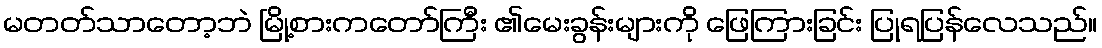
မတတ်သာတော့ဘဲ မြို့စားကတော်ကြီး ၏မေးခွန်းများကို ဖြေကြားခြင်း ပြုရပြန်လေသည်။